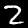
Label: 2